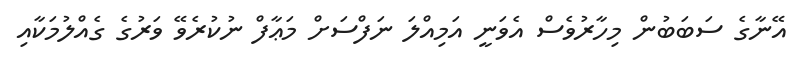
އޭނާގެ ސަބަބުން މިހާރުވެސް އެވަނީ އަމިއްލަ ނަފްސަށް މަޢާފް ނުކުރެވޭ ވަރުގެ ގެއްލުމަކާއި